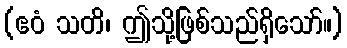
(ဧဝံ သတိ၊ ဤသို့ဖြစ်သည်ရှိသော်။)